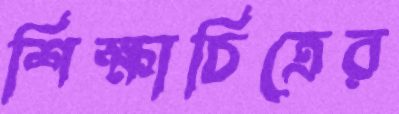
শিক্ষাচিত্রের